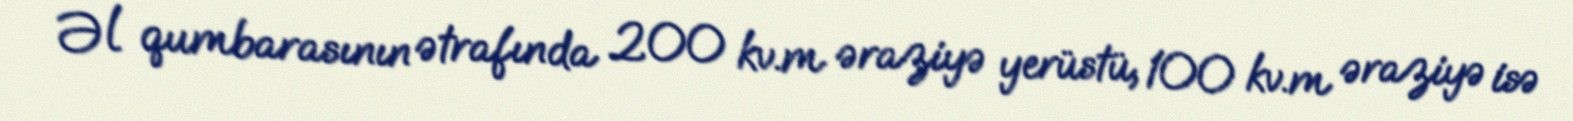
Əl qumbarasının ətrafında 200 kv.m əraziyə yerüstü, 100 kv.m əraziyə isə